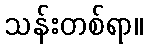
သန်းတစ်ရာ။